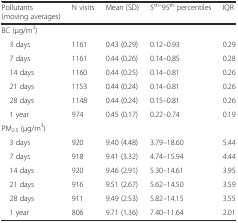
| Pollutants (moving averages) | N visits | Mean (SD) | 5th–95th percentiles | IQR |
 | --- | --- | --- | --- | --- |
 | BC (μg/m3) |  |  |  |  |
 | 3 days | 1161 | 0.43 (0.29) | 0.12–0.93 | 0.29 |
 | 7 days | 1161 | 0.44 (0.26) | 0.14–0.85 | 0.28 |
 | 14 days | 1160 | 0.44 (0.25) | 0.14–0.81 | 0.26 |
 | 21 days | 1153 | 0.44 (0.24) | 0.14–0.81 | 0.26 |
 | 28 days | 1148 | 0.44 (0.24) | 0.15–0.81 | 0.26 |
 | 1 year | 974 | 0.45 (0.17) | 0.22–0.74 | 0.19 |
 | PM2.5 (μg/m3) |  |  |  |  |
 | 3 days | 920 | 9.40 (4.48) | 3.79–18.60 | 5.44 |
 | 7 days | 918 | 9.41 (3.32) | 4.74–15.94 | 4.44 |
 | 14 days | 920 | 9.46 (2.91) | 5.30–14.61 | 3.95 |
 | 21 days | 916 | 9.51 (2.67) | 5.62–14.50 | 3.59 |
 | 28 days | 911 | 9.49 (2.53) | 5.82–14.15 | 3.55 |
 | 1 year | 806 | 9.71 (1.36) | 7.40–11.64 | 2.01 |